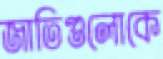
জাতিগুলোকে